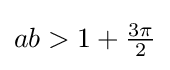
ab>1+{\tfrac {3\pi }{2}}